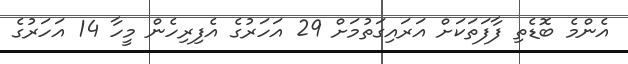
އެންމެ ބޮޑެތި ފާފަތަކަށް އަރައިގަތުމަށް 29 އަހަރުގެ އެފިރިހެން މީހާ 14 އަހަރުގެ